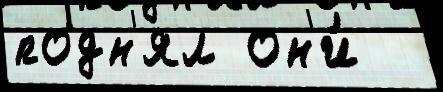
подн'ял он'и́